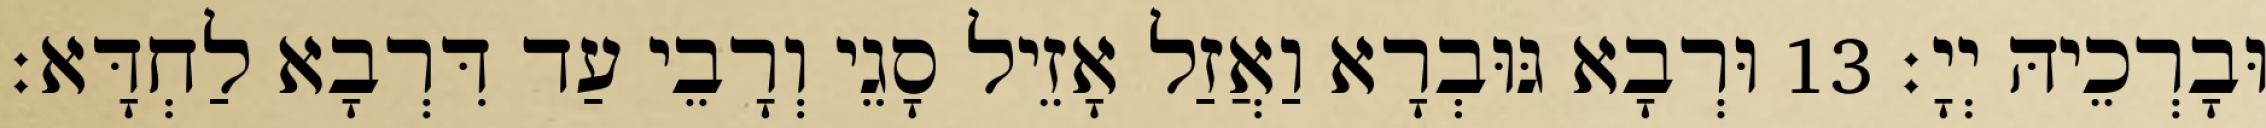
וּבָרְכֵיהּ יְיָ׃ 13 וּרְבָא גּוּבְרָא וַאֲזַל אָזֵיל סָגֵי וְרָבֵי עַד דִּרְבָא לַחְדָּא׃